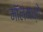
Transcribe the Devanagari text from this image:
मॉलमध्ये